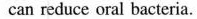
can reduce oral bacteria.